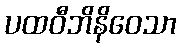
ပထဝီဘိနိဝေသာ